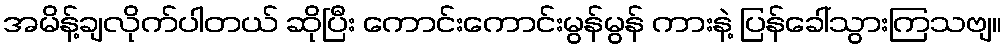
အမိန့်ချလိုက်ပါတယ် ဆိုပြီး ကောင်းကောင်းမွန်မွန် ကားနဲ့ ပြန်ခေါ်သွားကြသဗျ။